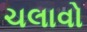
ચલાવો